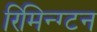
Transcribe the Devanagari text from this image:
रिमिन्ग्टन